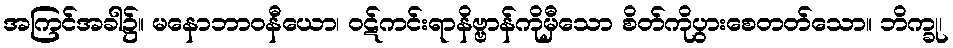
အကြင်အခါ၌။ မနောဘာဝနီယော၊ ဝဋ်ကင်းရာနိဗ္ဗာန်ကိုမှီသော စိတ်ကိုပွားစေတတ်သော။ ဘိက္ခု၊